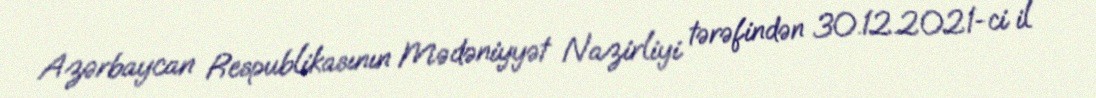
Azərbaycan Respublikasının Mədəniyyət Nazirliyi tərəfindən 30.12.2021-ci il